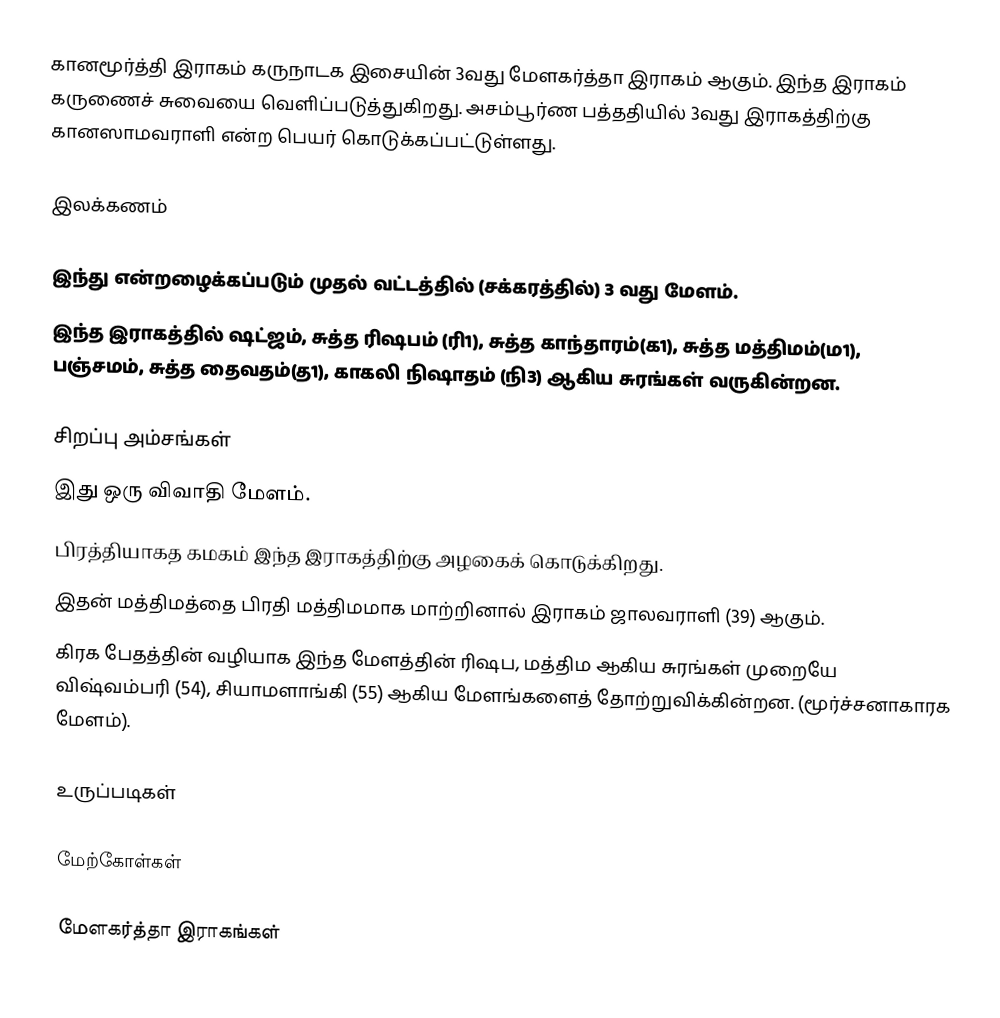
கானமூர்த்தி இராகம் கருநாடக இசையின் 3வது மேளகர்த்தா இராகம் ஆகும். இந்த இராகம் கருணைச் சுவையை வெளிப்படுத்துகிறது. அசம்பூர்ண பத்ததியில் 3வது இராகத்திற்கு கானஸாமவராளி என்ற பெயர் கொடுக்கப்பட்டுள்ளது.

இலக்கணம்

 இந்து என்றழைக்கப்படும் முதல் வட்டத்தில் (சக்கரத்தில்) 3 வது மேளம்.
 இந்த இராகத்தில் ஷட்ஜம், சுத்த ரிஷபம் (ரி1), சுத்த காந்தாரம்(க1), சுத்த மத்திமம்(ம1), பஞ்சமம், சுத்த தைவதம்(த1), காகலி நிஷாதம் (நி3) ஆகிய சுரங்கள் வருகின்றன.

சிறப்பு அம்சங்கள்
 இது ஒரு விவாதி மேளம்.
 பிரத்தியாகத கமகம் இந்த இராகத்திற்கு அழகைக் கொடுக்கிறது.
 இதன் மத்திமத்தை பிரதி மத்திமமாக மாற்றினால் இராகம் ஜாலவராளி (39) ஆகும்.
 கிரக பேதத்தின் வழியாக இந்த மேளத்தின் ரிஷப, மத்திம ஆகிய சுரங்கள் முறையே விஷ்வம்பரி (54), சியாமளாங்கி (55) ஆகிய மேளங்களைத் தோற்றுவிக்கின்றன. (மூர்ச்சனாகாரக மேளம்).

உருப்படிகள்

மேற்கோள்கள்

மேளகர்த்தா இராகங்கள்